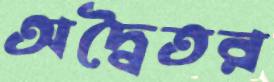
অদ্বৈতর